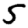
Digit: 5